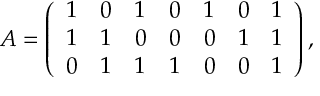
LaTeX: A = \left( \begin{array} { c c c c c c c } { { 1 } } & { { 0 } } & { { 1 } } & { { 0 } } & { { 1 } } & { { 0 } } & { { 1 } } \\ { { 1 } } & { { 1 } } & { { 0 } } & { { 0 } } & { { 0 } } & { { 1 } } & { { 1 } } \\ { { 0 } } & { { 1 } } & { { 1 } } & { { 1 } } & { { 0 } } & { { 0 } } & { { 1 } } \end{array} \right) ,